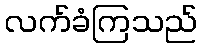
လက်ခံကြသည်